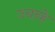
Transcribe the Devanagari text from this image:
उनन्हे